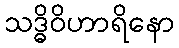
သဒ္ဓိဝိဟာရိနော